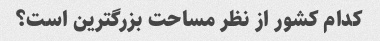
کدام کشور از نظر مساحت بزرگترین است؟